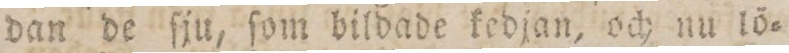
dan de ſju, ſom bildade kedjan, och nu lö=